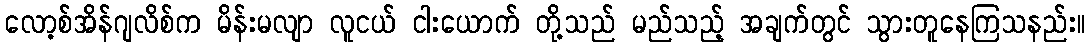
လော့စ်အိန်ဂျလိစ်က မိန်းမလျာ လူငယ် ငါးယောက် တို့သည် မည်သည့် အချက်တွင် သွားတူနေကြသနည်း။